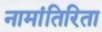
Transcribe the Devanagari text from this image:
नामांतिरिता